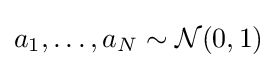
a_{1},\dots ,a_{N}\sim {\mathcal {N}}(0,1)